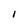
Character: I